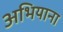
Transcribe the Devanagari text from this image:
अभियाना